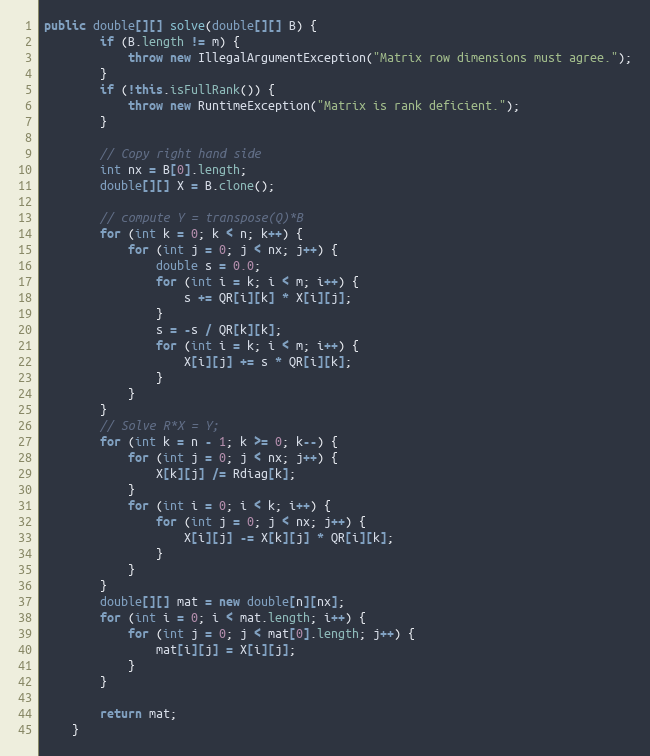
Language: Java
public double[][] solve(double[][] B) {
        if (B.length != m) {
            throw new IllegalArgumentException("Matrix row dimensions must agree.");
        }
        if (!this.isFullRank()) {
            throw new RuntimeException("Matrix is rank deficient.");
        }

        // Copy right hand side
        int nx = B[0].length;
        double[][] X = B.clone();

        // compute Y = transpose(Q)*B
        for (int k = 0; k < n; k++) {
            for (int j = 0; j < nx; j++) {
                double s = 0.0;
                for (int i = k; i < m; i++) {
                    s += QR[i][k] * X[i][j];
                }
                s = -s / QR[k][k];
                for (int i = k; i < m; i++) {
                    X[i][j] += s * QR[i][k];
                }
            }
        }
        // Solve R*X = Y;
        for (int k = n - 1; k >= 0; k--) {
            for (int j = 0; j < nx; j++) {
                X[k][j] /= Rdiag[k];
            }
            for (int i = 0; i < k; i++) {
                for (int j = 0; j < nx; j++) {
                    X[i][j] -= X[k][j] * QR[i][k];
                }
            }
        }
        double[][] mat = new double[n][nx];
        for (int i = 0; i < mat.length; i++) {
            for (int j = 0; j < mat[0].length; j++) {
                mat[i][j] = X[i][j];
            }
        }

        return mat;
    }